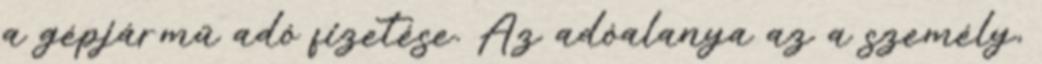
a gépjármű adó fizetése. Az adóalanya az a személy,